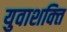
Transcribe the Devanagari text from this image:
युवाशक्‍ित